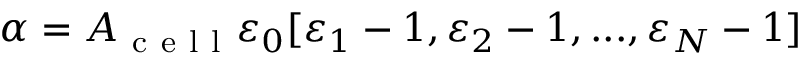
\alpha = A _ { \mathrm { ~ c ~ e ~ l ~ l ~ } } \varepsilon _ { 0 } [ \varepsilon _ { 1 } - 1 , \varepsilon _ { 2 } - 1 , . . . , \varepsilon _ { N } - 1 ]